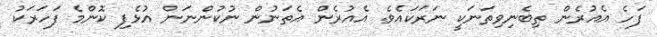
ފަހެ އެއުރެން ތިބެނިވިތަނަކީ ނަރަކައެވެ. އެއުރެން އެތަނުން ނުކުންނަން އުޅެފި ކޮންމެ ފަހަރަކު